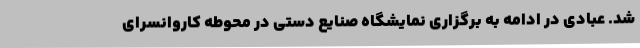
شد. عبادی در ادامه به برگزاری نمایشگاه صنایع دستی در محوطه کاروانسرای